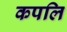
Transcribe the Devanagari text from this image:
कपलि